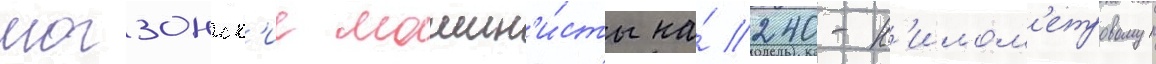
могзонск'ие машин'и́сты на́ 240-к'илом'етровом